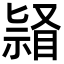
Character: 𭿌